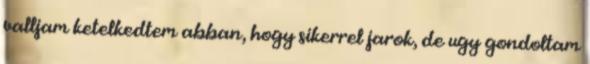
valljam ketelkedtem abban, hogy sikerrel jarok, de ugy gondoltam